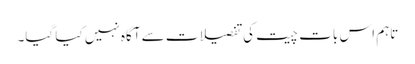
تاہم اس بات چیت کی تفصیلات سے آگاہ نہیں کیا گیا۔